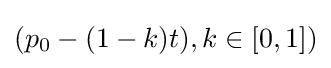
(p_{0}-(1-k)t),k\in [0,1])